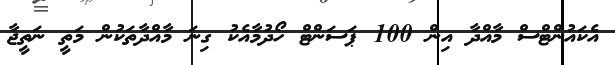
އެކައުންޓްސް މާއްދާ އިން 100 ޕަސަންޓް ހޯދުމާއެކު ގިނަ މާއްދާތަކުން މަތީ ނަތީޖާ